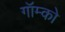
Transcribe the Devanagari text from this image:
गॉम्को